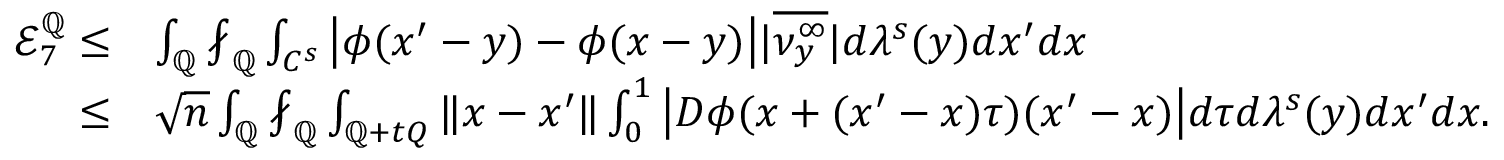
\begin{array} { r l } { \mathcal { E } _ { 7 } ^ { \mathbb { Q } } \leq } & { \int _ { \mathbb { Q } } \fint _ { \mathbb { Q } } \int _ { C ^ { s } } \big | \phi ( x ^ { \prime } - y ) - \phi ( x - y ) \big | | \overline { { \nu _ { y } ^ { \infty } } } | d \lambda ^ { s } ( y ) d x ^ { \prime } d x } \\ { \leq } & { \sqrt { n } \int _ { \mathbb { Q } } \fint _ { \mathbb { Q } } \int _ { \mathbb { Q } + t Q } \| x - x ^ { \prime } \| \int _ { 0 } ^ { 1 } \big | D \phi ( x + ( x ^ { \prime } - x ) \tau ) ( x ^ { \prime } - x ) \big | d \tau d \lambda ^ { s } ( y ) d x ^ { \prime } d x . } \end{array}